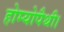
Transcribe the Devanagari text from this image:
होम्योपैथी।